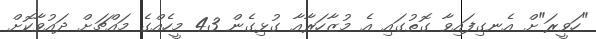
"ހަވީރަ"ށް އެނގިފައިވާ ގޮތުގައި އެ މުޒާހަރާއާ ގުޅިގެން 43 މީހެއްގެ މައްޗަށް ދައުވާކޮށް